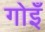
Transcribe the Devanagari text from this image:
गोइँ